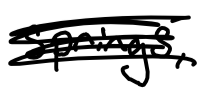
Text: Springs,
Cross-out: scratch
Writing tool: digital_black